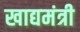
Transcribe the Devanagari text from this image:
खाद्यमंत्री